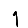
Digit: 1